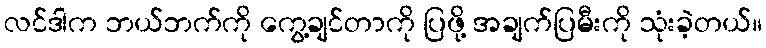
လင်ဒါက ဘယ်ဘက်ကို ကွေ့ချင်တာကို ပြဖို့ အချက်ပြမီးကို သုံးခဲ့တယ်။